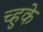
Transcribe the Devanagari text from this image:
च्हुके